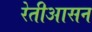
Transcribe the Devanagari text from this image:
रेतीआसन